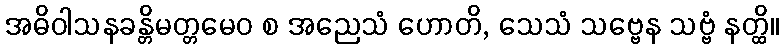
အဓိဝါသနခန္တိမတ္တမေဝ စ အညေသံ ဟောတိ, သေသံ သဗ္ဗေန သဗ္ဗံ နတ္ထိ။